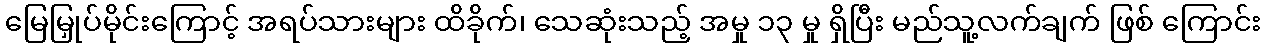
မြေမြှုပ်မိုင်းကြောင့် အရပ်သားများ ထိခိုက်၊ သေဆုံးသည့် အမှု ၁၃ မှု ရှိပြီး မည်သူ့လက်ချက် ဖြစ် ကြောင်း